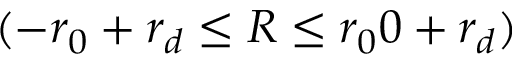
( - r _ { 0 } + r _ { d } \le R \le r _ { 0 } { 0 } + r _ { d } )